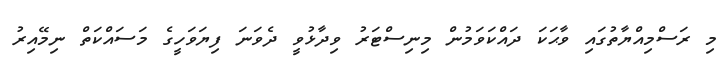
މި ރަސްމިއްޔާތުގައި ވާޙަކަ ދައްކަވަމުން މިނިސްޓަރު ވިދާޅުވީ ދެވަނަ ފިޔަވަހީގެ މަސައްކަތް ނިމޭއިރު